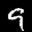
Label: 9